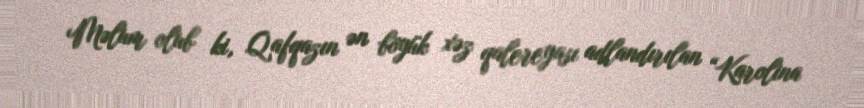
Məlum olub ki, Qafqazın ən böyük xəz qalereyası adlandırılan “Karolina